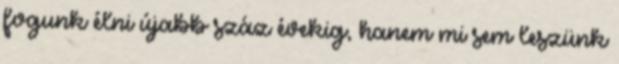
fogunk élni újabb száz évekig, hanem mi sem leszünk